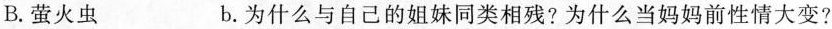
B.萤火虫 b.为什么与自己的姐妹同类相残?为什么当妈妈前性情大变?